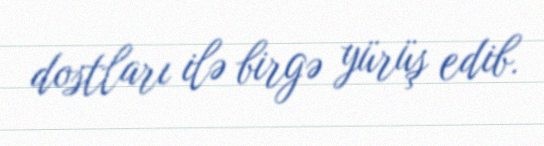
dostları ilə birgə yürüş edib.